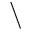
\backslash